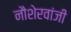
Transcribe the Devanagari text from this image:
नौशेरवांजी